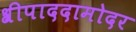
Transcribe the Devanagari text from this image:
श्रीपाददामोदर